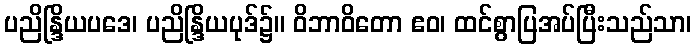
ပညိန္ဒြိယပဒေ၊ ပညိန္ဒြိယပုဒ်၌။ ဝိဘာဝိတော ဧဝ၊ ထင်စွာပြအပ်ပြီးသည်သာ၊